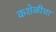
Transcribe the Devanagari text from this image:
कशेळीचा